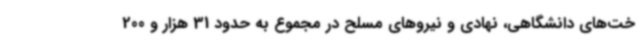
خت‌های دانشگاهی، نهادی و نیروهای مسلح در مجموع به حدود 31 هزار و 200